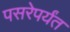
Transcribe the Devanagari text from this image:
पसरेपर्यंत